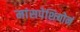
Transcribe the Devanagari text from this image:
मांसपेशियोनं